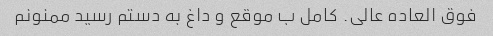
فوق العاده عالی. کامل ب موقع و داغ به دستم رسید ممنونم